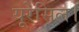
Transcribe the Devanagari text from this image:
यूरेसिल।